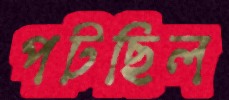
পটছিল